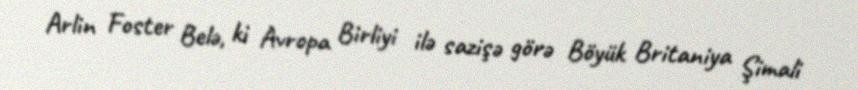
Arlin Foster Belə, ki Avropa Birliyi ilə sazişə görə Böyük Britaniya Şimali